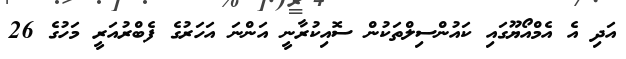
އަދި އެ އެމްއޯޔޫގައި ކައުންސިލްތަކުން ސޮއިކުރާނީ އަންނަ އަހަރުގެ ފެބްރުއަރީ މަހުގެ 26